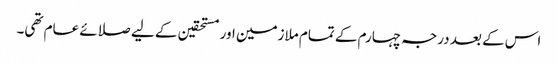
اس کے بعد درجہ چہارم کے تمام ملازمین اور مستحقین کے لیے صلائے عام تھی۔